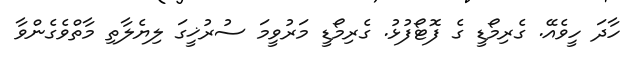
ހާދަ ހީވެއޭ. ގެރިމޯޑީ ގެ ފޮޓޯފުޅު. ގެރިމޯޑީ މަރުވީމަ ސުރުޚީގަ ލިޔެލާތި މާތްވެގެންވާ